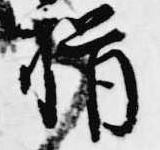
揖